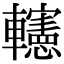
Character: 𨏥